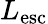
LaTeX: L_{\mathrm{esc}}